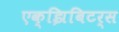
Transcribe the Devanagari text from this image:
एक्झिबिटर्स